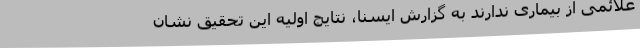
علائمی از بیماری ندارند به گزارش ایسنا، نتایج اولیه این تحقیق نشان